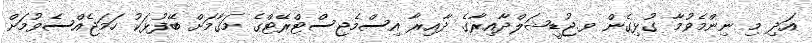
އަދި މި ނިންމެވުމާ ގުޅިގެން ވ.ޖުޑީޝަލްދާއިރާގެ ދާއިރާ އިސްމެޖިސްޓްރޭޓްގެ މަޤާމަށް ބޭފުޅަކު ހަމަޖެއްސެވުމަށް